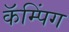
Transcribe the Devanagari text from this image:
कॅम्पिंग